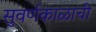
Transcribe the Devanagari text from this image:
सुवर्णकाळाची